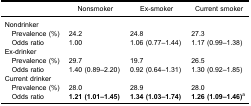
<table><thead><tr><td><b> </b></td><td><b>Nonsmoker</b></td><td><b>Ex-smoker</b></td><td><b>Current smoker</b></td></tr></thead><tbody><tr><td colspan="4">Nondrinker</td></tr><tr><td> Prevalence (%)</td><td>24.2</td><td>24.8</td><td>27.3</td></tr><tr><td> Odds ratio</td><td>1.00</td><td>1.06 (0.77–1.44)</td><td>1.17 (0.99–1.38)</td></tr><tr><td colspan="4">Ex-drinker</td></tr><tr><td> Prevalence (%)</td><td>29.7</td><td>19.7</td><td>26.5</td></tr><tr><td> Odds ratio</td><td>1.40 (0.89–2.20)</td><td>0.92 (0.64–1.31)</td><td>1.30 (0.92–1.85)</td></tr><tr><td colspan="4">Current drinker</td></tr><tr><td> Prevalence (%)</td><td>28.0</td><td>28.9</td><td>28.0</td></tr><tr><td> Odds ratio</td><td><b>1.21 (1.01–1.45)</b></td><td><b>1.34 (1.03–1.74)</b></td><td><b>1.26 (1.09–1.46)</b><sup>a</sup></td></tr></tbody></table>